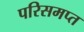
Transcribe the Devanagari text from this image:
परिसमप्‍त